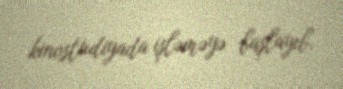
kinostudiyada işləməyə başlayıb.